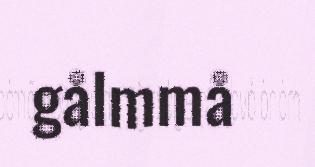
gålmmå